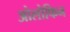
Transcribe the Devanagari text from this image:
ओलोफिन